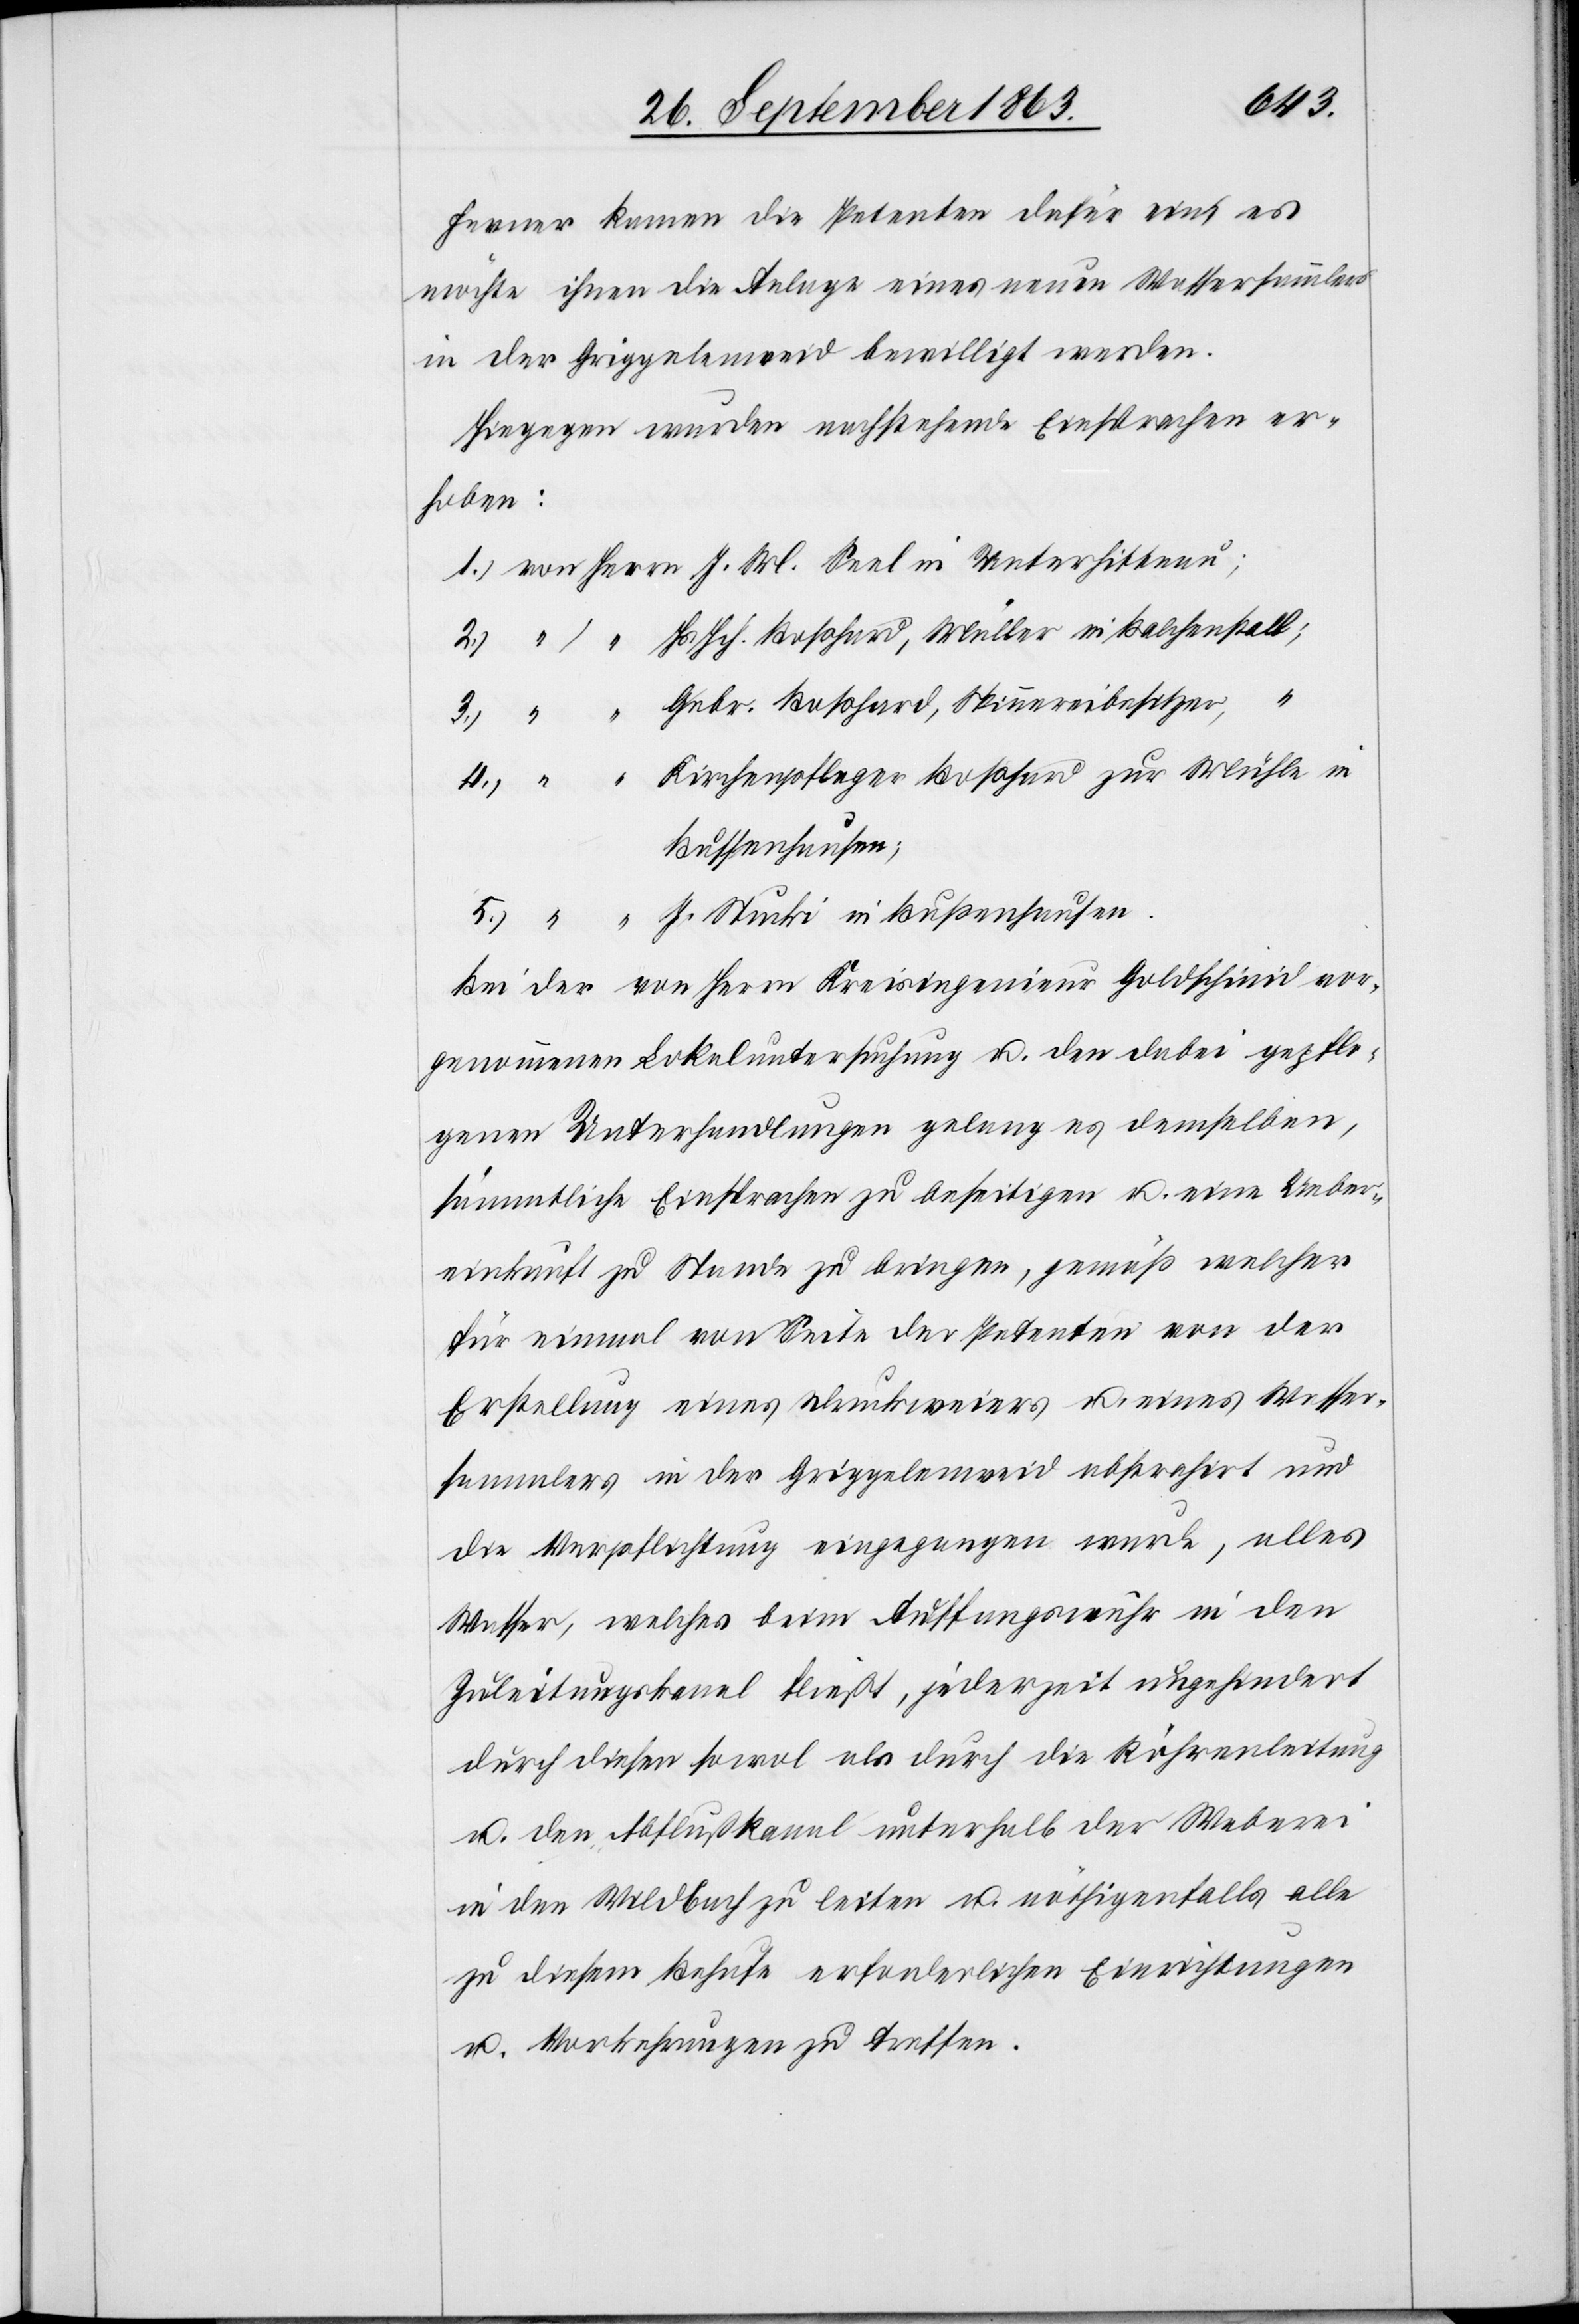
Ferner kamen die Petenten dafür ein, es
möchte ihnen die Anlage eines neuen Wassersammlers
in der Griggelenweid bewilligt werden.
Hiegegen wurden nachstehende Einsprachen er¬
hoben:
1.) von Herrn J. M. Seel in Unterhittnau;
2.) 	“	“	 Hs Hch. Boßhard, Müller in Balchenstall;
Gebr. Boßhard, Spinnereibesitzer,	“
Kirchenpfleger Boßhard zur Mühle in
Bussenhausen;
J. Stucki in Bußenhausen.
Bei der von Herrn Kreisingenieur Goldschmid vor¬
genommenen Lokaluntersuchung u. den dabei gepflo¬
genen Unterhandlungen gelang es demselben,
sämmtliche Einsprachen zu beseitigen u. eine Ueber¬
einkunft zu Stande zu bringen, gemäß welcher
für einmal von Seite der Petenten von der
Erstellung eines Druckweiers u. eines Wasser¬
sammlers in der Griggelenweid abstrahirt und
die Verpflichtung eingegangen wurde, alles
Wasser, welches beim Auffangswuhr in den
Zuleitungskanal fließt, jederzeit ungehindert
durch diesen sowol als durch die Röhrenleitung
u. den Abflußkanal unterhalb der Weberei
in den Wildbach zu leiten u. nöthigenfalls alle
zu diesem Behufe erforderlichen Einrichtungen
u. Vorkehrungen zu treffen.